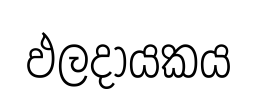
ඵලදායකය